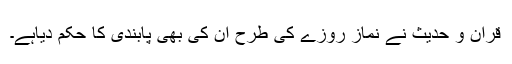
قرآن و حدیث نے نماز روزے کی طرح ان کی بھی پابندی کا حکم دیاہے۔